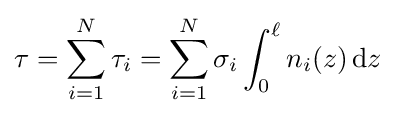
\tau =\sum _{i=1}^{N}\tau _{i}=\sum _{i=1}^{N}\sigma _{i}\int _{0}^{\ell }n_{i}(z)\,\mathrm {d} z